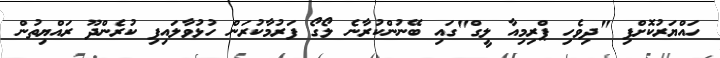
ހައްޔަރުކޮށްފި "ދިވެހި ޕްރިމިއާ ލީގް"ގައި ބޭނުންކުރާނެ ލޯގޯ ފަރުމާކުރަން ހުޅުވާލައިފި ކުރެންދޫ ރައްޔިތުން